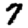
Digit: 7